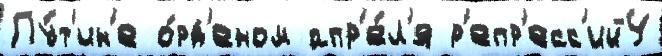
Пу́т'ин'е о́рд'еном апр'е́л'я р'епр'есс'ий4